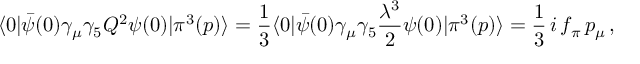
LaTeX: \langle 0 | { \bar { \psi } } ( 0 ) \gamma _ { \mu } \gamma _ { 5 } { \cal Q } ^ { 2 } \psi ( 0 ) | \pi ^ { 3 } ( p ) \rangle = \frac { 1 } { 3 } \langle 0 | { \bar { \psi } } ( 0 ) \gamma _ { \mu } \gamma _ { 5 } \frac { \lambda ^ { 3 } } { 2 } \psi ( 0 ) | \pi ^ { 3 } ( p ) \rangle = \frac { 1 } { 3 } \, i \, f _ { \pi } \, p _ { \mu } \, ,